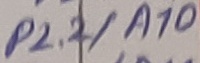
Text: P2.2/A10